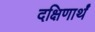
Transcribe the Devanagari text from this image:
दक्षिणार्थं